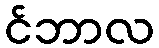
င်ဘာလ